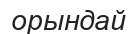
орындай